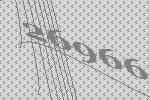
26966